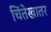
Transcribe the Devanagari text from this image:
चिंतेखातर